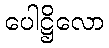
ပေါဋ္ဌိလော